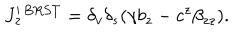
J _ { z } ^ { \prime \, B R S T } = \delta _ { v } \delta _ { s } ( \gamma b _ { z } - c ^ { z } \beta _ { z z } ) .